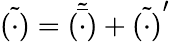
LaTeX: \tilde{(\cdot)}=\tilde{\bar{(\cdot)}}+\tilde{(\cdot)}^{\prime}